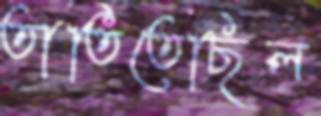
তাতিতেছিল